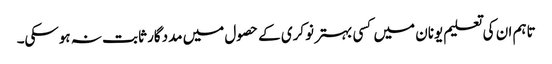
تاہم ان کی تعلیم یونان میں کسی بہتر نوکری کے حصول میں مددگار ثابت نہ ہوسکی۔